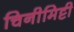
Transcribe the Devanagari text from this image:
चिनीमिट्टी